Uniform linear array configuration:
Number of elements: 4
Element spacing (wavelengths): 0.75
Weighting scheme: hann
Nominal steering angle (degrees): -15
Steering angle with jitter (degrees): -16.715
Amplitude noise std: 0.05
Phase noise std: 0.05

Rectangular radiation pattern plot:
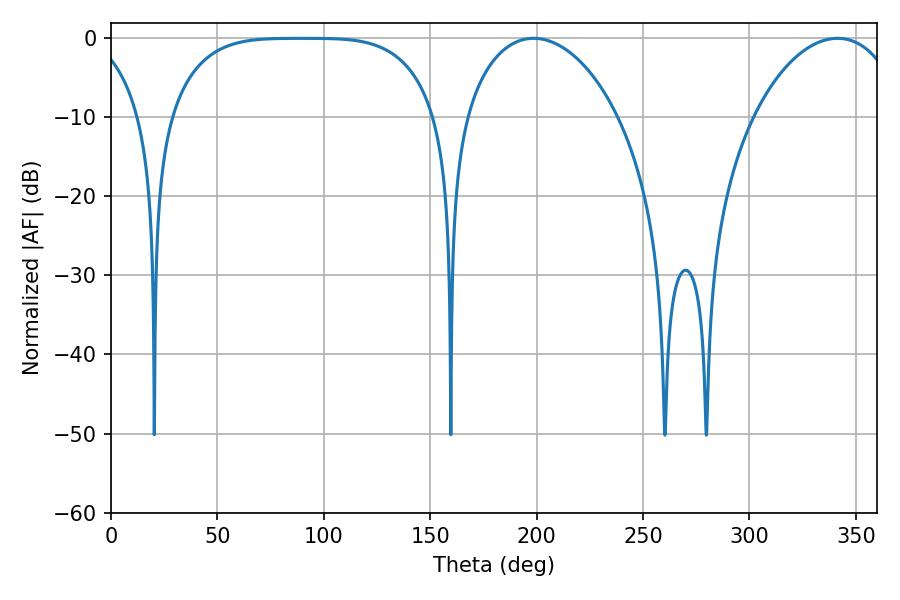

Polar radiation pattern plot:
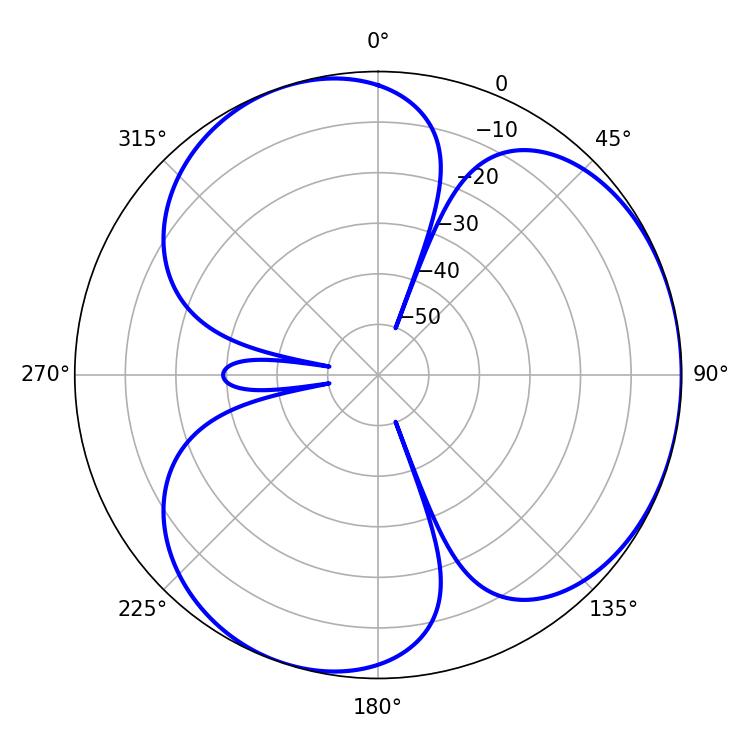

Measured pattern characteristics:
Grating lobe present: TRUE
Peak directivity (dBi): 3.552
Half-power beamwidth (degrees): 41.4
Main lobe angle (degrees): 198.54